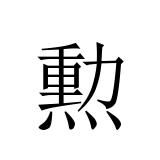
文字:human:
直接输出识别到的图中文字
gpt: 勲